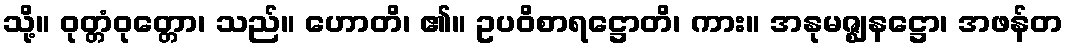
သို့။ ဝုတ္တံဝုတ္တော၊ သည်။ ဟောတိ၊ ၏။ ဥပဝိစာရဋ္ဌောတိ၊ ကား။ အနုမဇ္ဈနဋ္ဌော၊ အဖန်တ